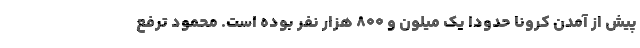
پیش از آمدن کرونا حدودا یک میلون و ۸۰۰ هزار نفر بوده است. محمود ترفع